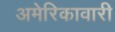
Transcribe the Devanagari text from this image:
अमेरिकावारी